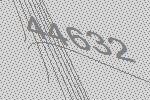
44632